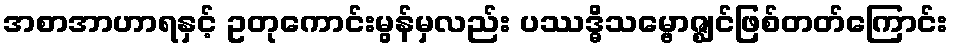
အစာအာဟာရနှင့် ဥတုကောင်းမွန်မှလည်း ပဿဒ္ဓိသမ္ဗောဇ္ဈင်ဖြစ်တတ်ကြောင်း